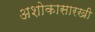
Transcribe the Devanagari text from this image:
अशोकासारखी